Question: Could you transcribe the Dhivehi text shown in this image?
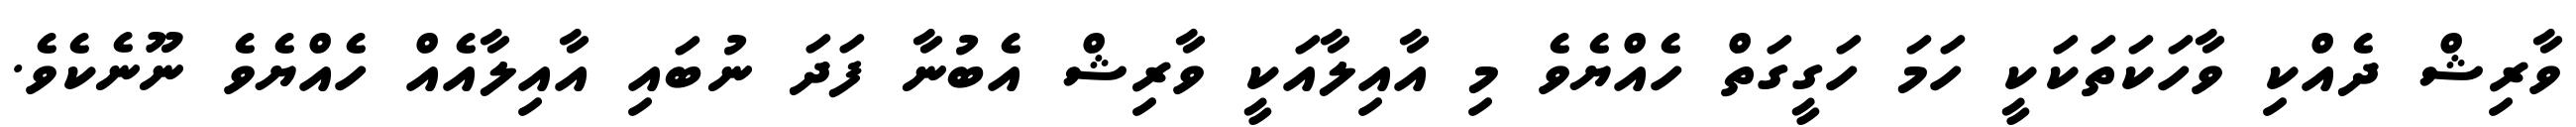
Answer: ވާރިޝް ދެއްކި ވާހަކަތަކަކީ ހަމަ ހަގީގަތް ހެއްޔެވެ މި އާއިލާއަކީ ވާރިޝް އެބުނާ ފަދަ ނުބައި އާއިލާއެއް ހެއްޔެވެ ނޫނެކެވެ.